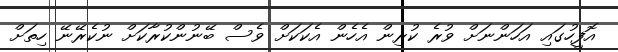
އޮފީހުގައި އަހަންނަށް ވުރެ ކުރިން އެހެން އެކަކަށް ވެސް ބޭނުންކުރާކަށް ނުކެރޭނޭ ހިތަށް